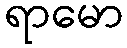
ရာမော